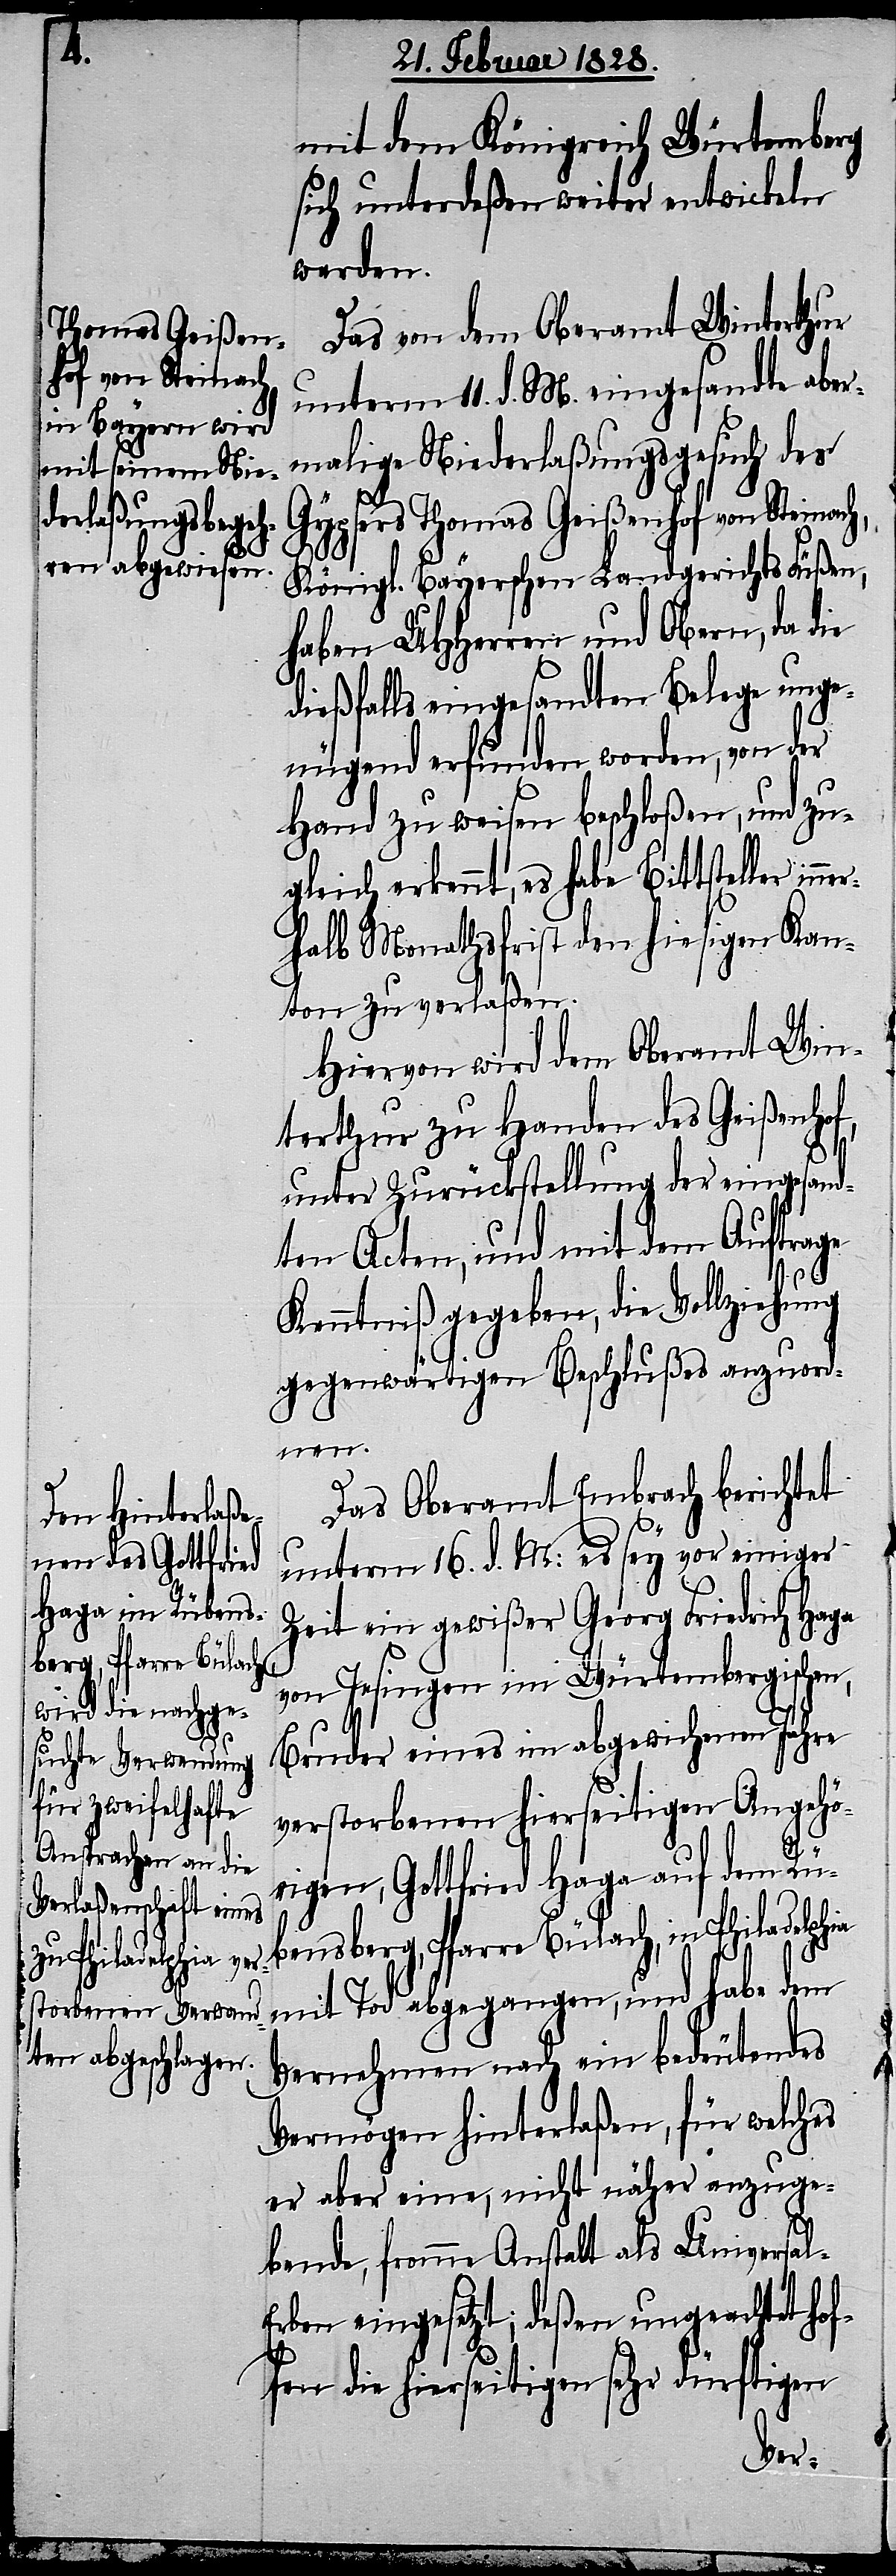
mit dem Königreich Würtemberg
sich unterdeßen weiter entwickeln
werden.
Das von dem Oberamt Winterthur
unterm 11. d. M. eingesandte aber¬
malige Niederlaßungsgesuch des
Gypsers Thomas Geißenhof von Steinac¬
Königl Bayerschen Landgerichts Füßen,
haben UHHerren und Obern, da die
dießfalls eingesandten Belege unge¬
nügend erfunden worden, von der
Hand zu weisen beschloßen, und zu¬
gleich erkennt, es habe Bittsteller in¬
halb Monathsfrist den hiesigen Kan¬
ton zu verlaßen.
Hiervon wird dem Oberamt Win¬
terthur zu Handen des Geißenhof,
unter Rückstellung der eingesand¬
ten Acten, und mit dem Auftrage
Kenntniß gegeben, die Vollziehung
gegenwärtigen Beschlußes anzuord¬
nen.
Das Oberamt Embrach berichtet
unterm 16. d. M: es sey vor einiger
Zeit ein gewißer Georg Friedrich Haga
von Jesingen im Würtembergischen,
Bruder eines im abgewichenen Jahre
verstorbenen hierseitigen Angehö¬
h,
rigen, Gottfried Haga auf dem Rü¬
bensberg, Pfarre Bülach, in Philadelphia
mit Tod abgegangen, und habe dem
Vernehmen nach ein bedeutendes
Vermögen hinterlaßen, für welches
er aber eine, nicht näher anzuge¬
bende, fromme Anstalt als Universa¬
l-Erben eingesetzt; deßen ungeachtet hof¬
fen die hierseitigen sehr dürftigen
ner¬